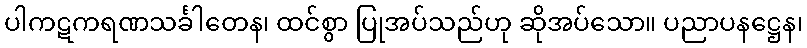
ပါကဋကရဏသင်္ခါတေန၊ ထင်စွာ ပြုအပ်သည်ဟု ဆိုအပ်သော။ ပညာပနဋ္ဌေန၊